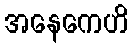
အနေကေဟိ